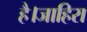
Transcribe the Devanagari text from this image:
है।जाहिरा